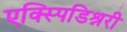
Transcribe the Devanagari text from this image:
एक्स्पिडिश्नरी